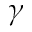
\gamma